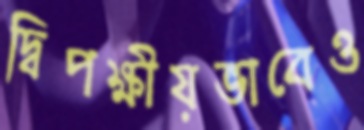
দ্বিপক্ষীয়ভাবেও